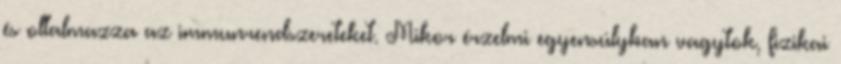
és oltalmazza az immunrendszereteket. Mikor érzelmi egyensúlyban vagytok, fizikai